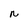
Character: N